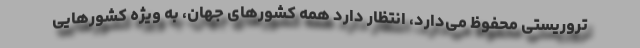
تروریستی محفوظ می‌دارد، انتظار دارد همه کشورهای جهان، به ویژه کشورهایی